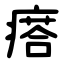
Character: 瘩